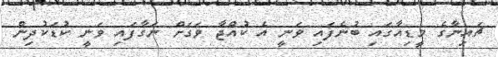
ޗައިނާގެ މީޑިއާގައި ބުނެފައި ވަނީ އެ ކުއްޖާ ވަގަށް ނަގާފައި ވަނީ ކުޑަކުދިން